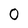
Character: 0